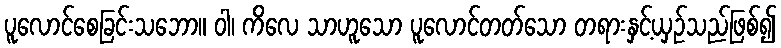
ပူလောင်စေခြင်းသဘော။ ဝါ၊ ကိလေ သာဟူသော ပူလောင်တတ်သော တရားနှင့်ယှဉ်သည်ဖြစ်၍